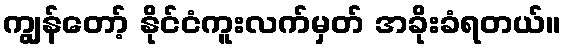
ကျွန်တော့် နိုင်ငံကူးလက်မှတ် အခိုးခံရတယ်။